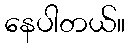
နေပါတယ်။